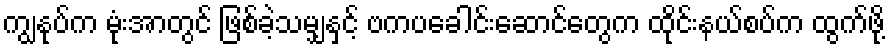
ကျွနုပ်က မုံးအာတွင် ဖြစ်ခဲ့သမျှနှင့် ဗကပခေါင်းဆောင်တွေက ထိုင်းနယ်စပ်က ထွက်ဖို့